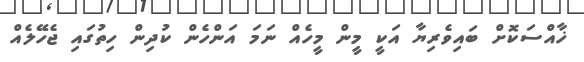
ޚާއްސަކޮށް ބައިވެރިޔާ އަކީ މީން މީހެއް ނަމަ އަންހެން ކުދިން ހިތުގައި ޖެހޭލެއް